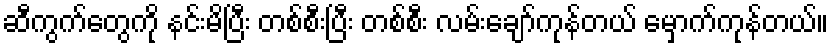
ဆီကွက်တွေကို နင်းမိပြီး တစ်စီးပြီး တစ်စီး လမ်းချော်ကုန်တယ် မှောက်ကုန်တယ်။